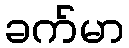
ခက်မာ